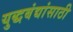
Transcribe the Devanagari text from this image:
युद्धबंद्यांसाठी